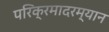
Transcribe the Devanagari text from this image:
परिक्रमादरम्यान